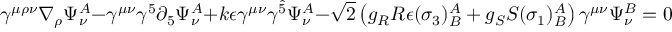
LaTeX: \gamma ^ { \mu \rho \nu } \nabla _ { \rho } \Psi _ { \nu } ^ { A } - \gamma ^ { \mu \nu } \gamma ^ { 5 } \partial _ { 5 } \Psi _ { \nu } ^ { A } + k \epsilon \gamma ^ { \mu \nu } \gamma ^ { \hat { 5 } } \Psi _ { \nu } ^ { A } - \sqrt { 2 } \left( g _ { R } R \epsilon ( \sigma _ { 3 } ) _ { B } ^ { A } + g _ { S } S ( \sigma _ { 1 } ) _ { B } ^ { A } \right) \gamma ^ { \mu \nu } \Psi _ { \nu } ^ { B } = 0 \ ,